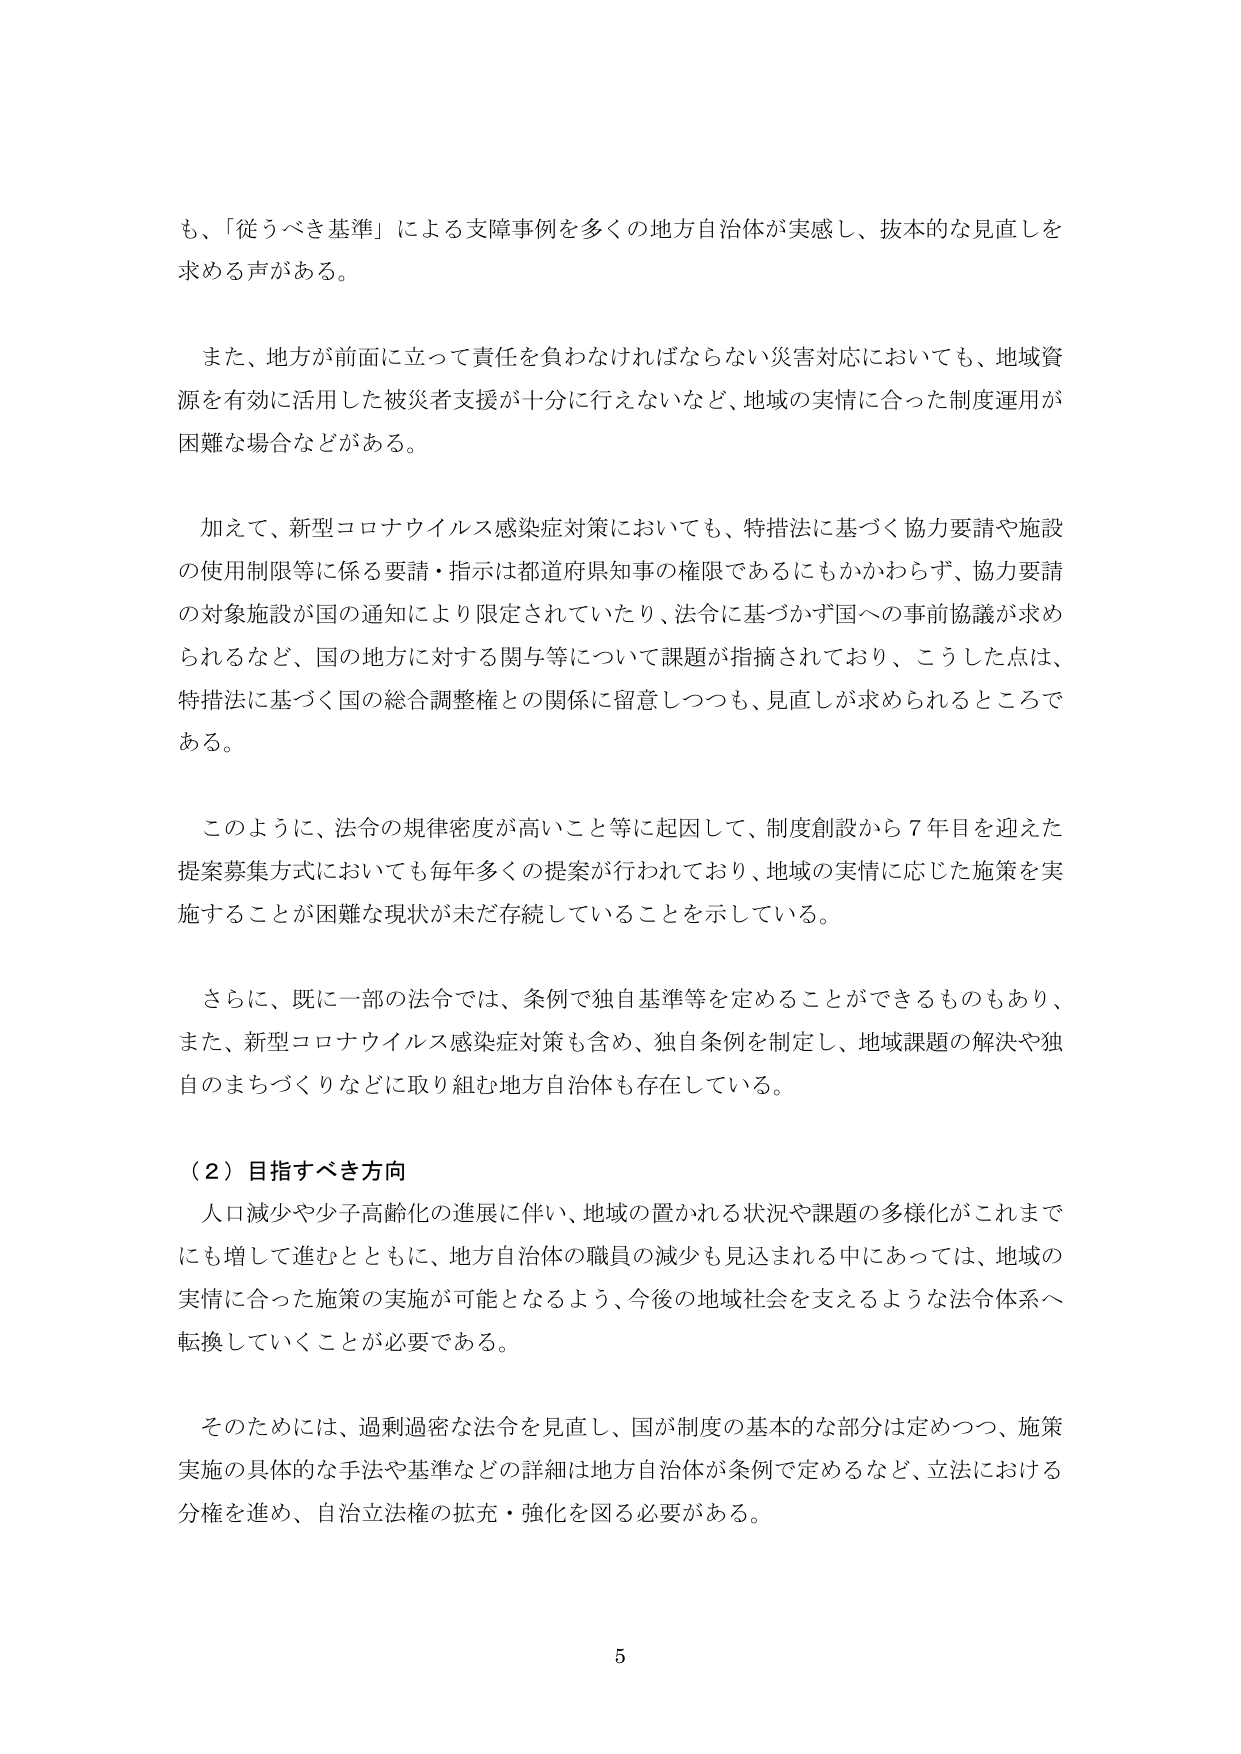
も、「従うべき基準」による支障事例を多くの地方自治体が実感し、抜本的な見直しを求める声がある。

また、地方が前面に立って責任を負わなければならない災害対応においても、地域資源を有効に活用した被災者支援が十分に行えないなど、地域の実情に合った制度運用が困難な場合などがある。

加えて、新型コロナウイルス感染症対策においても、特措法に基づく協力要請や施設の使用制限等に係る要請・指示は都道府県知事の権限であるにもかかわらず、協力要請の対象施設が国の通知により限定されていたり、法令に基づかず国への事前協議が求められるなど、国の地方に対する関与等について課題が指摘されており、こうした点は、特措法に基づく国の総合調整権との関係に留意しつつも、見直しが求められるところである。

このように、法令の規律密度が高いこと等に起因して、制度創設から７年目を迎えた提案募集方式においても毎年多くの提案が行われており、地域の実情に応じた施策を実施することが困難な現状が未だ存続していることを示している。

さらに、既に一部の法令では、条例で独自基準等を定めることができるものもあり、また、新型コロナウイルス感染症対策も含め、独自条例を制定し、地域課題の解決や独自のまちづくりなどに取り組む地方自治体も存在している。

（２）目指すべき方向

人口減少や少子高齢化の進展に伴い、地域の置かれる状況や課題の多様化がこれまでにも増して進むとともに、地方自治体の職員の減少も見込まれる中あっては、地域の実情に合った施策の実施が可能となるよう、今後の地域社会を支えるような法令体系へ転換していくことが必要である。

そのためには、過剰過密な法令を見直し、国が制度の基本的な部分は定めつつ、施策実施の具体的な手法や基準などの詳細は地方自治体が条例で定めるなど、立法における分権を進め、自治立法権の拡充・強化を図る必要がある。

5